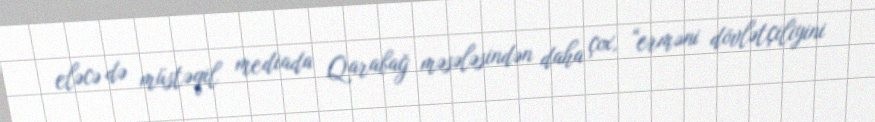
eləcə də müstəqil mediada Qarabağ məsələsindən daha çox, “erməni dövlətçiliyini